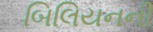
બિલિયનની